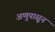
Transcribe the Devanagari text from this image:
अणुपासून